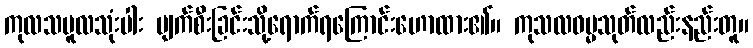
ကုလသမူလသုံးပါး ပျက်စီးခြင်းသို့ရောက်ရကြောင်းဟောထား၏။ ကုသလဓမ္မသုတ်လည်းနည်းတူ။